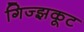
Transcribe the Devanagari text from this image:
गिज्झकूट